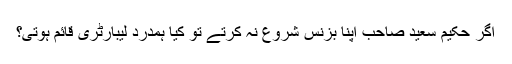
اگر حکیم سعید صاحب اپنا بزنس شروع نہ کرتے تو کیا ہمدرد لیبارٹری قائم ہوتی؟